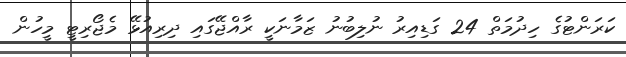
ކަރަންޓުގެ ހިދުމަތް 24 ގަޑިއިރު ނުލިބުނު ޒަމާނަކީ ރާއްޖޭގައި ދިރިއުޅޭ މެޖޯރިޓީ މީހުން